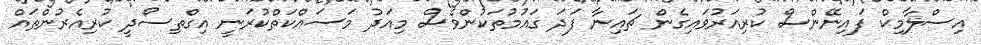
އިސްލާމިކް ފައިނޭންސް ކުރިއަރުވައިގެން ޗައިނާ ފަދަ ގައުމުތަކުންވެސް މިއަދު މަސައްކަތްކުރަނީ އިގްތިސޯދީ ކުރިއެރުންތައް